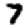
Digit: 7